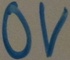
Text: 0V